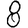
Digit: 8